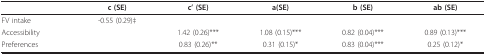
<table><thead><tr><td></td><td><b>c (SE)</b></td><td><b>c&#x27; (SE)</b></td><td><b>a(SE)</b></td><td><b>b (SE)</b></td><td><b>ab (SE)</b></td></tr></thead><tbody><tr><td>FV intake</td><td>-0.55 (0.29)‡</td><td></td><td></td><td></td><td></td></tr><tr><td>Accessibility</td><td></td><td>1.42 (0.26)***</td><td>1.08 (0.15)***</td><td>0.82 (0.04)***</td><td>0.89 (0.13)***</td></tr><tr><td>Preferences</td><td></td><td>0.83 (0.26)**</td><td>0.31 (0.15)*</td><td>0.83 (0.04)***</td><td>0.25 (0.12)*</td></tr></tbody></table>